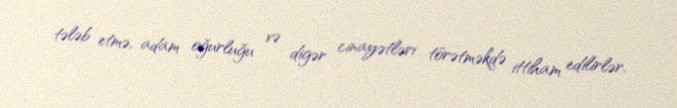
tələb etmə, adam oğurluğu və digər cinayətləri törətməkdə ittiham edilirlər.